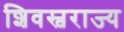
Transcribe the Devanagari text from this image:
शिवस्वराज्य